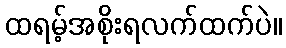
ထရမ့်အစိုးရလက်ထက်ပဲ။